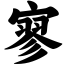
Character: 寥